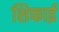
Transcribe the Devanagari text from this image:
शिफाई